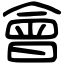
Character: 會